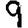
Digit: 9